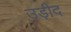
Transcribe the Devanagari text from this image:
उड़ीद